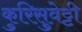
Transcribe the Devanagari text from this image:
कुरिसुवेट्टी